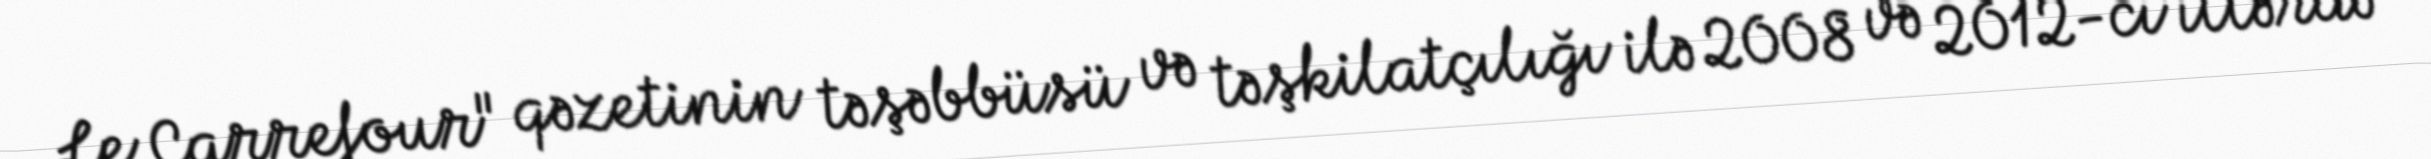
Le Carrefour" qəzetinin təşəbbüsü və təşkilatçılığı ilə 2008 və 2012-ci illərdə